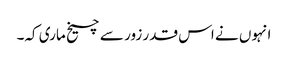
انہوں نے اس قدر زور سے چیخ ماری کہ۔